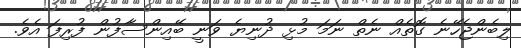
ލިބެންޖެހޭނެ ގޮތެއް ނެތް ނަމަ މުޅި ދުނިޔެ ވަނީ ބޭއިންސާފުން ފުރިފަ އެވެ.